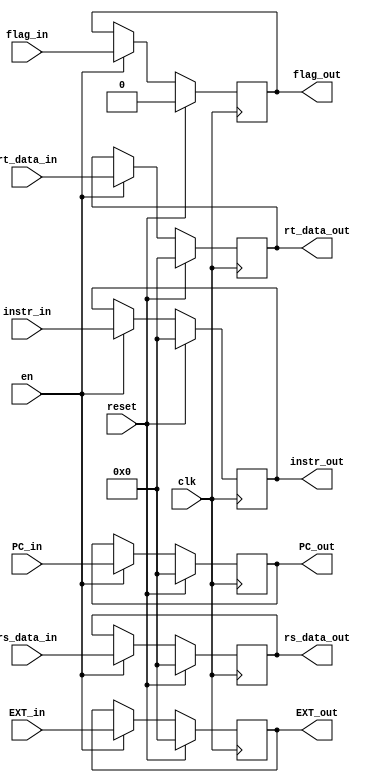
module E_REG (
    input clk,
    input reset,
    input en,

    input [31:0] instr_in,
    input [31:0] PC_in,
    input [31:0] rs_data_in,
    input [31:0] rt_data_in,
    input [31:0] EXT_in,
    input flag_in,

    output reg [31:0] instr_out,
    output reg [31:0] PC_out,
    output reg [31:0] rs_data_out,
    output reg [31:0] rt_data_out,
    output reg [31:0] EXT_out,
    output reg flag_out
);
    always @(posedge clk) begin
        if(reset) begin
            instr_out <= 0;
            PC_out <= 0;
            rs_data_out <= 0;
            rt_data_out <= 0;
            EXT_out <= 0;
            flag_out <= 0;
        end 
        else if(en) begin
            instr_out <= instr_in;
            PC_out <= PC_in;
            rs_data_out <= rs_data_in;
            rt_data_out <= rt_data_in;
            EXT_out <= EXT_in;
            flag_out <= flag_in;
        end
        else begin
            instr_out <= instr_out;
            PC_out <= PC_out;
            rs_data_out <= rs_data_out;
            rt_data_out <= rt_data_out;
            EXT_out <= EXT_out;
            flag_out <= flag_out;
        end
    end
    
endmodule